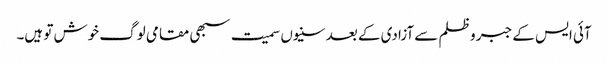
آئی ایس کے جبر و ظلم سے آزادی کے بعد سنیوں سمیت سبھی مقامی لوگ خوش تو ہیں۔